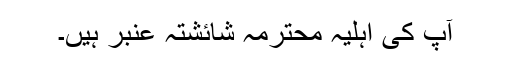
آپ کی اہلیہ محترمہ شائشتہ عنبر ہیں۔